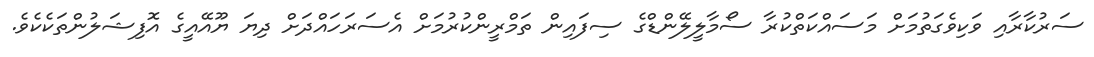
ސަރުކާރާއި ވަކިވެގަތުމަށް މަސައްކަތްކުރާ ސޯމާލީލޭންޑްގެ ސިފައިން ތަމްރީންކުރުމަށް އެސަރަހައްދަށް ދިޔަ ޔޫއޭއީގެ އޮފިޝަލުންތަކެކެވެ.